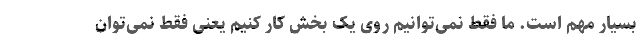
بسیار مهم است. ما فقط نمی‌توانیم روی یک بخش کار کنیم یعنی فقط نمی‌توان